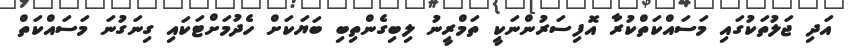
އަދި ޖަލުތަކުގައި މަސައްކަތްކުރާ އޮފިސަރުންނަކީ ތަމްރީނު ލިބިގެންތިބި ބަޔަކަށް ހެދުމަށްޓަކައި ގިނަގުނަ މަސައްކަތް